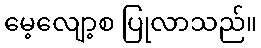
မေ့လျော့စ ပြုလာသည်။